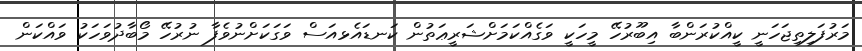
މަރުފަލިތިޖަހަނީ ކީއްކުރަންބާ އިބޫރުހޭ މީހަކީ ވަގެއްކަމަށްޝަރީޢަތުން ކަނޑައެޅއަސް ވަގަކަށްނުވެފާ ނުރުހޭ މޯބާދުވަހަކު ވައްކަން